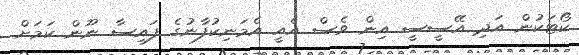
ކޯޓަކުން އަދި އޭސީސީ އިން ވެސް އެއީ އެމަނިކުފާނުގެ ފައިސާ ނޫން ކަމަށް